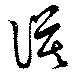
謨